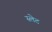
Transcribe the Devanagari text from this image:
स्‍लेट